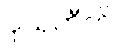
ဝုယှတီတိ